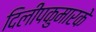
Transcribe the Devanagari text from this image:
दिलीपकुमारके